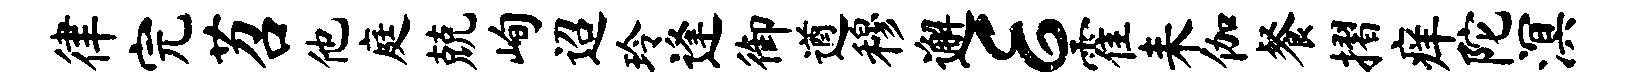
律完苕他庭兢峋迢玲逢御遒穆邂E霍耒伽餐摺痒陀溟